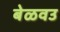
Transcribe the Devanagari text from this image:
बेळवउ